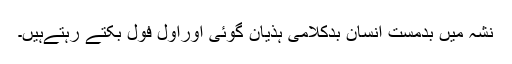
نشہ میں بدمست انسان بدکلامی ہذیان گوئی اوراُول فول بکتے رہتےہیں۔